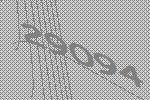
29094